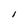
Character: I